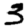
Digit: 3